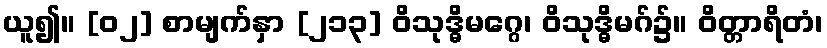
ယူ၍။ [၀၂] စာမျက်နှာ [၂၁၃] ဝိသုဒ္ဓိမဂ္ဂေ၊ ဝိသုဒ္ဓိမဂ်၌။ ဝိတ္တာရိတံ၊